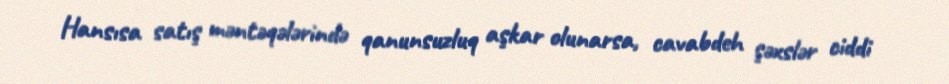
Hansısa satış məntəqələrində qanunsuzluq aşkar olunarsa, cavabdeh şəxslər ciddi